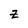
Character: Z